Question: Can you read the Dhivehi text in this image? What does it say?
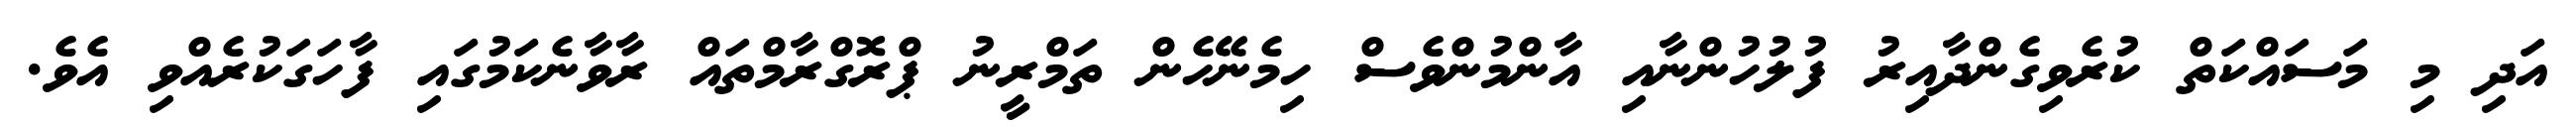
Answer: އަދި މި މަސައްކަތް ކުރެވިގެންދާއިރު ފުލުހުންނާއި އާންމުންވެސް ހިމެނޭހެން ތަމްރީނު ޕްރޮގްރާމްތައް ރާވާނެކަމުގައި ފާހަގަކުރެއްވި އެވެ.